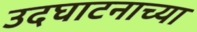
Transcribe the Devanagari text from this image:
उदघाटनाच्या